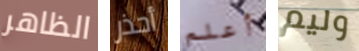
الظاهر أحذر أعلم وليم